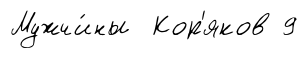
Мужчи́ны Кор'яков 9